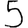
Digit: 5